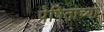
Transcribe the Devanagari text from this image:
प्रेषिताच्या